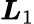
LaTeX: \boldsymbol{L}_{1}